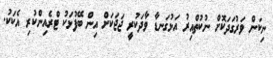
ނިކަން ވަރުގަދަކޮށް ނުކުތްއިރު އަޅުގަނޑާ ވާދަކުރީ ޖަޖަކަށް އިން ބޭފުޅަކު ޓްރެއިންކުރި އެކަކު.